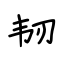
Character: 韧